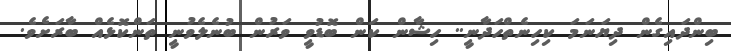
ބިންދައިގެން ދިޔަނަމަ ކިހިނެތްހަދާނީ.. ހިޝާން ކަން ބޮޑުވީ ވަރުން ބުނެލެވުނީ ތަންކޮޅެއް ބާރަށެވެ.